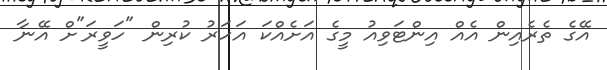
އޭގެ ތެރެއިން އެއް އިންޓަވިއު މީގެ އަށެއްކަ އަހަރު ކުރިން "ހަވީރަ"ށް އޭނާ